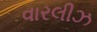
વારલીઝ